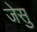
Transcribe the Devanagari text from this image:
जेसु